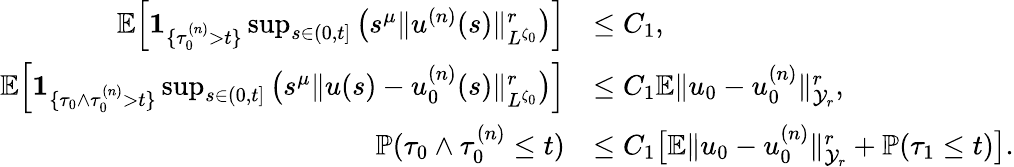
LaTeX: \begin{array}{rl}{{\mathbb E}\Big[{{\mathbf 1}}_{\{ \tau_{0}^{(n)}>t\} }\operatorname*{sup}_{s\in(0,t]}\big(s^{\mu}\| u^{(n)}(s)\| _{L^{\zeta_{0}}}^{r}\big)\Big]}&{\leq C_{1},}\\ {{\mathbb E}\Big[{{\mathbf 1}}_{\{ \tau_{0}\wedge\tau_{0}^{(n)}>t\} }\operatorname*{sup}_{s\in(0,t]}\big(s^{\mu}\| u(s)-u_{0}^{(n)}(s)\| _{L^{\zeta_{0}}}^{r}\big)\Big]}&{\leq C_{1}{\mathbb E}\| u_{0}-u_{0}^{(n)}\| _{\mathcal{Y}_{r}}^{r},}\\ {{\mathbb P}(\tau_{0}\wedge\tau_{0}^{(n)}\leq t)}&{\leq C_{1}\big[{\mathbb E}\| u_{0}-u_{0}^{(n)}\| _{\mathcal{Y}_{r}}^{r}+{\mathbb P}(\tau_{1}\leq t)\big].}\end{array}